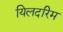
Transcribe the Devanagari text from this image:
यिलदरिम